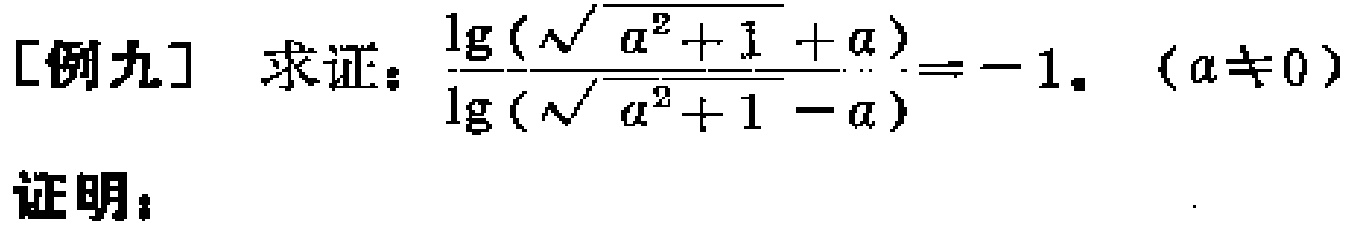
[例九] 求证：\(\frac{\lg(\sqrt{a^{2} + 1}+a)}{\lg(\sqrt{a^{2} + 1}-a)}=-1\)。\((a\neq0)\)
证明：